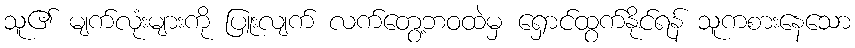
သူ၏ မျက်လုံးများကို ပြူးလျက် လက်တွေ့ဘဝထဲမှ ရှောင်ထွက်နိုင်ရန် သူကစားနေသော